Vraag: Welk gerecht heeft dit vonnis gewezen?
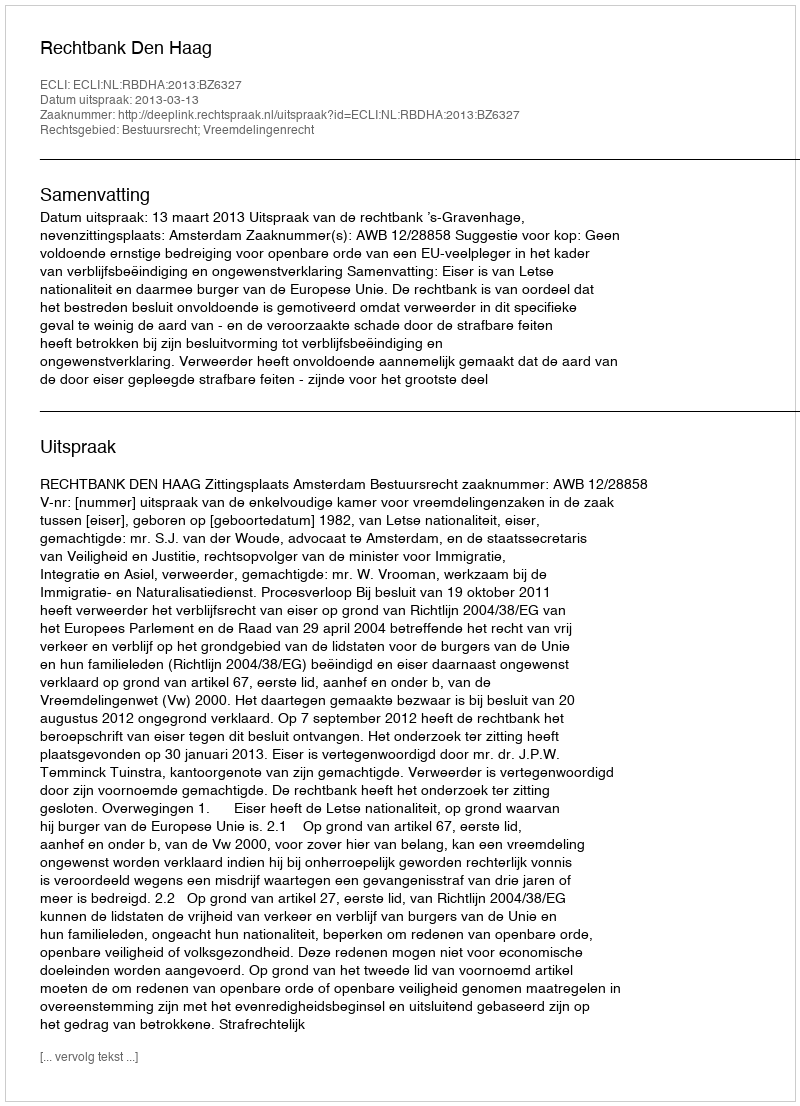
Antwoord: Rechtbank Den Haag